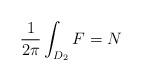
LaTeX: \begin{align*}\frac{1}{2\pi }\int_{D_{2}}F=N \end{align*}